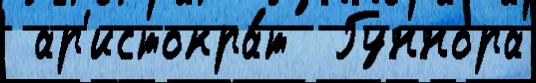
 ар'истокра́т  Гуннора